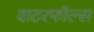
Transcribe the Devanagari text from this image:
वाटरफॉल्स